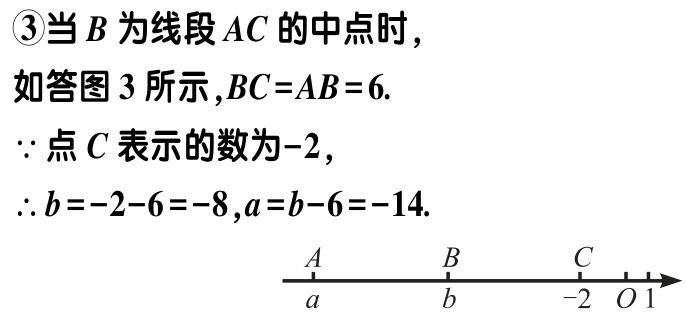
\(\textcircled{3}\)当\(B\)为线段\(AC\)的中点时，
如答图\(3\)所示，\(BC = AB = 6\).
\(\because\)点\(C\)表示的数为\(-2\)，
\(\therefore b=-2 - 6=-8,a = b - 6=-14\).
\begin{tikzpicture}[scale=1]
\draw[->] (-4,0) -- (1,0);
\node[below] at (-4,0) {\(A\)};
\node[below] at (-2.5,0) {\(a\)};
\node[below] at (-1,0) {\(B\)};
\node[below] at (-0.5,0) {\(b\)};
\node[below] at (0.5,0) {\(C\)};
\node[below] at (1,0) {\(O\)};
\node[below] at (1.5,0) {\(1\)};
\node[below] at (0,0) {\(-2\)};
\end{tikzpicture}